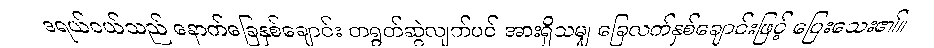
ဒရယ်ငယ်သည် နောက်ခြေနှစ်ချောင်း တရွတ်ဆွဲလျက်ပင် အားရှိသမျှ ခြေလက်နှစ်ချောင်းဖြင့် ပြေးသေး၏။